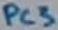
Text: PC3